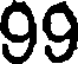
99